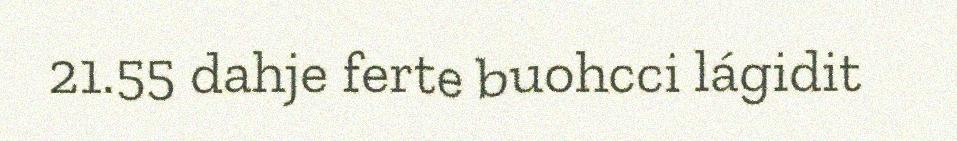
21.55 dahje ferte buohcci lágidit